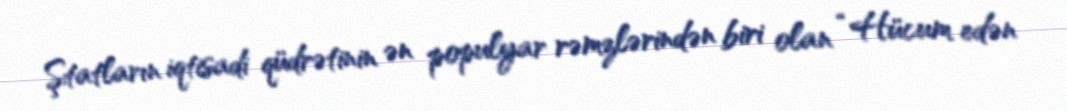
Ştatların iqtisadi qüdrətinin ən populyar rəmzlərindən biri olan “Hücum edən